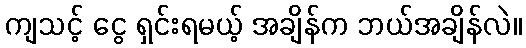
ကျသင့် ငွေ ရှင်းရမယ့် အချိန်က ဘယ်အချိန်လဲ။